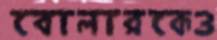
বোলারকেও